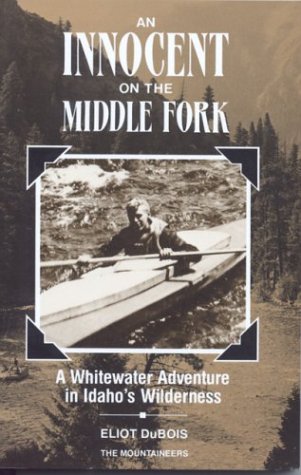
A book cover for Innocent on the Middle Fork; Eliot Dubois; Sports & Outdoors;